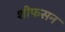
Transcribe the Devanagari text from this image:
शीफसन